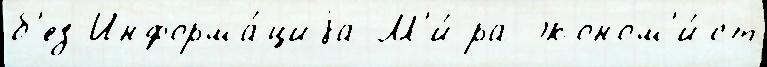
б'ез Информа́циjа М'и́ра эконом'и́ст